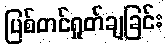
ပြစ်တင်ရှုတ်ချခြင်း